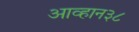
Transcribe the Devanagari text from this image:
आव्हान३८